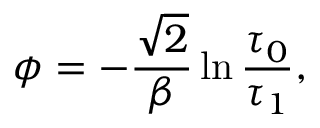
\phi = - \frac { \sqrt { 2 } } { \beta } \ln \frac { \tau _ { 0 } } { \tau _ { 1 } } ,